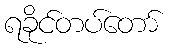
ရခိုင်တပ်တော်